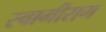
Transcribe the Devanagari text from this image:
स्वामीराम